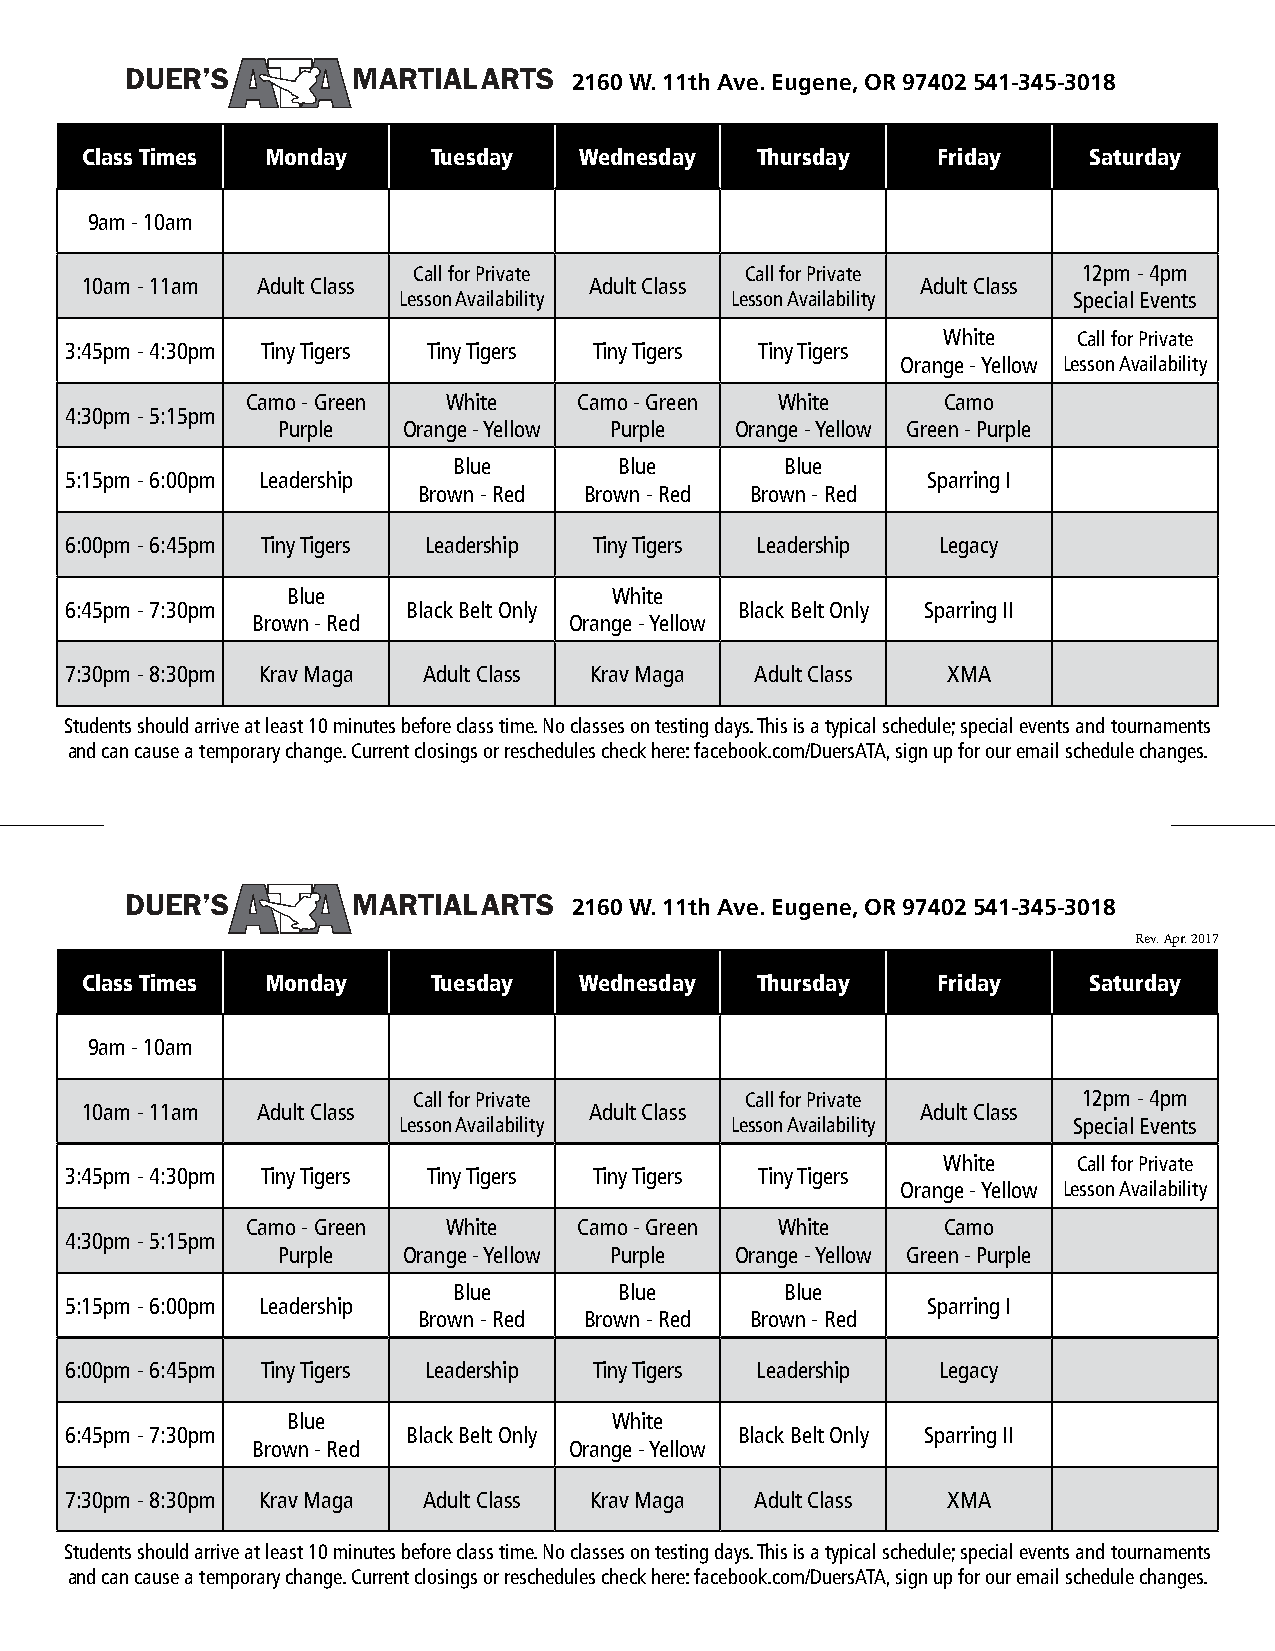
DUER’S         MARTIAL  ARTS
 2160 W. 11th Ave. Eugene, OR 97402 541-345-3018
 Class Times  Monday     Tuesday  Wednesday   Thursday    Friday    Saturday
 9am - 10am
 Call for Private      Call for Private       12pm - 4pm
 10am - 11am Adult Class           Adult Class           Adult Class
 Lesson Availability   Lesson Availability    Special Events
 White    Call for Private
 3:45pm - 4:30pm Tiny Tigers Tiny Tigers Tiny Tigers Tiny Tigers
 Orange - Yellow Lesson Availability
 Camo - Green  White   Camo - Green White      Camo
 4:30pm - 5:15pm
 Purple   Orange - Yellow Purple Orange - Yellow Green - Purple
 Blue       Blue       Blue
 5:15pm - 6:00pm Leadership                               Sparring I
 Brown - Red Brown - Red Brown - Red
 6:00pm - 6:45pm Tiny Tigers Leadership Tiny Tigers Leadership Legacy
 Blue                  White
 6:45pm - 7:30pm        Black Belt Only       Black Belt Only Sparring II
 Brown - Red          Orange - Yellow
 7:30pm - 8:30pm Krav Maga Adult Class Krav Maga Adult Class XMA
 Students should arrive at least 10 minutes before class time. No classes on testing days. This is a typical schedule; special events and tournaments
 and can cause a temporary change. Current closings or reschedules check here: facebook.com/DuersATA, sign up for our email schedule changes.
 DUER’S         MARTIAL  ARTS
 2160 W. 11th Ave. Eugene, OR 97402 541-345-3018
 Rev. Apr. 2017
 Class Times  Monday     Tuesday  Wednesday   Thursday    Friday    Saturday
 9am - 10am
 Call for Private      Call for Private       12pm - 4pm
 10am - 11am Adult Class           Adult Class           Adult Class
 Lesson Availability   Lesson Availability    Special Events
 White    Call for Private
 3:45pm - 4:30pm Tiny Tigers Tiny Tigers Tiny Tigers Tiny Tigers
 Orange - Yellow Lesson Availability
 Camo - Green  White   Camo - Green White      Camo
 4:30pm - 5:15pm
 Purple   Orange - Yellow Purple Orange - Yellow Green - Purple
 Blue       Blue       Blue
 5:15pm - 6:00pm Leadership                               Sparring I
 Brown - Red Brown - Red Brown - Red
 6:00pm - 6:45pm Tiny Tigers Leadership Tiny Tigers Leadership Legacy
 Blue                  White
 6:45pm - 7:30pm        Black Belt Only       Black Belt Only Sparring II
 Brown - Red          Orange - Yellow
 7:30pm - 8:30pm Krav Maga Adult Class Krav Maga Adult Class XMA
 Students should arrive at least 10 minutes before class time. No classes on testing days. This is a typical schedule; special events and tournaments
 and can cause a temporary change. Current closings or reschedules check here: facebook.com/DuersATA, sign up for our email schedule changes.